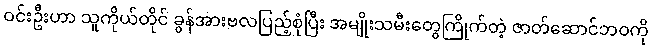
ဝင်းဦးဟာ သူကိုယ်တိုင် ခွန်အားဗလပြည့်စုံပြီး အမျိုးသမီးတွေကြိုက်တဲ့ ဇာတ်ဆောင်ဘဝကို